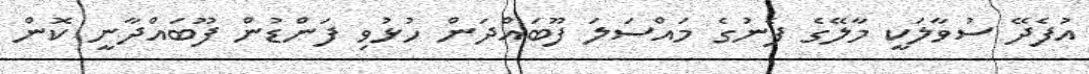
އުފެދޭ ސުވާލަކީ މާލޭގެ ފެނުގެ މައްސަލަ ފޫބައްދަން ހުޅުވި ފަންޑުން ފޫބައްދާނީ ކޮން